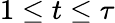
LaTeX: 1\leq t\leq\tau